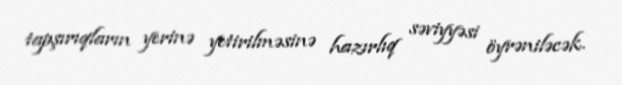
tapşırıqların yerinə yetirilməsinə hazırlıq səviyyəsi öyrəniləcək.